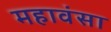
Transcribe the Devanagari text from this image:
महावंसा